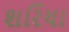
શરિયા